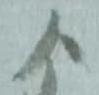
よ